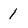
Character: 1